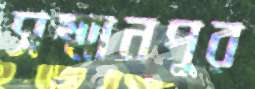
সম্মানপুর